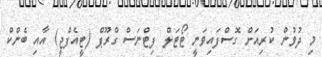
މި ދުވުން ކުރިއަށް ގޮސްފައިވަނީ ޓޯޓަލް ފިޓްނަސް ގްރޫޕް (ޓީއެފްޖީ) އާއި ބެންކް